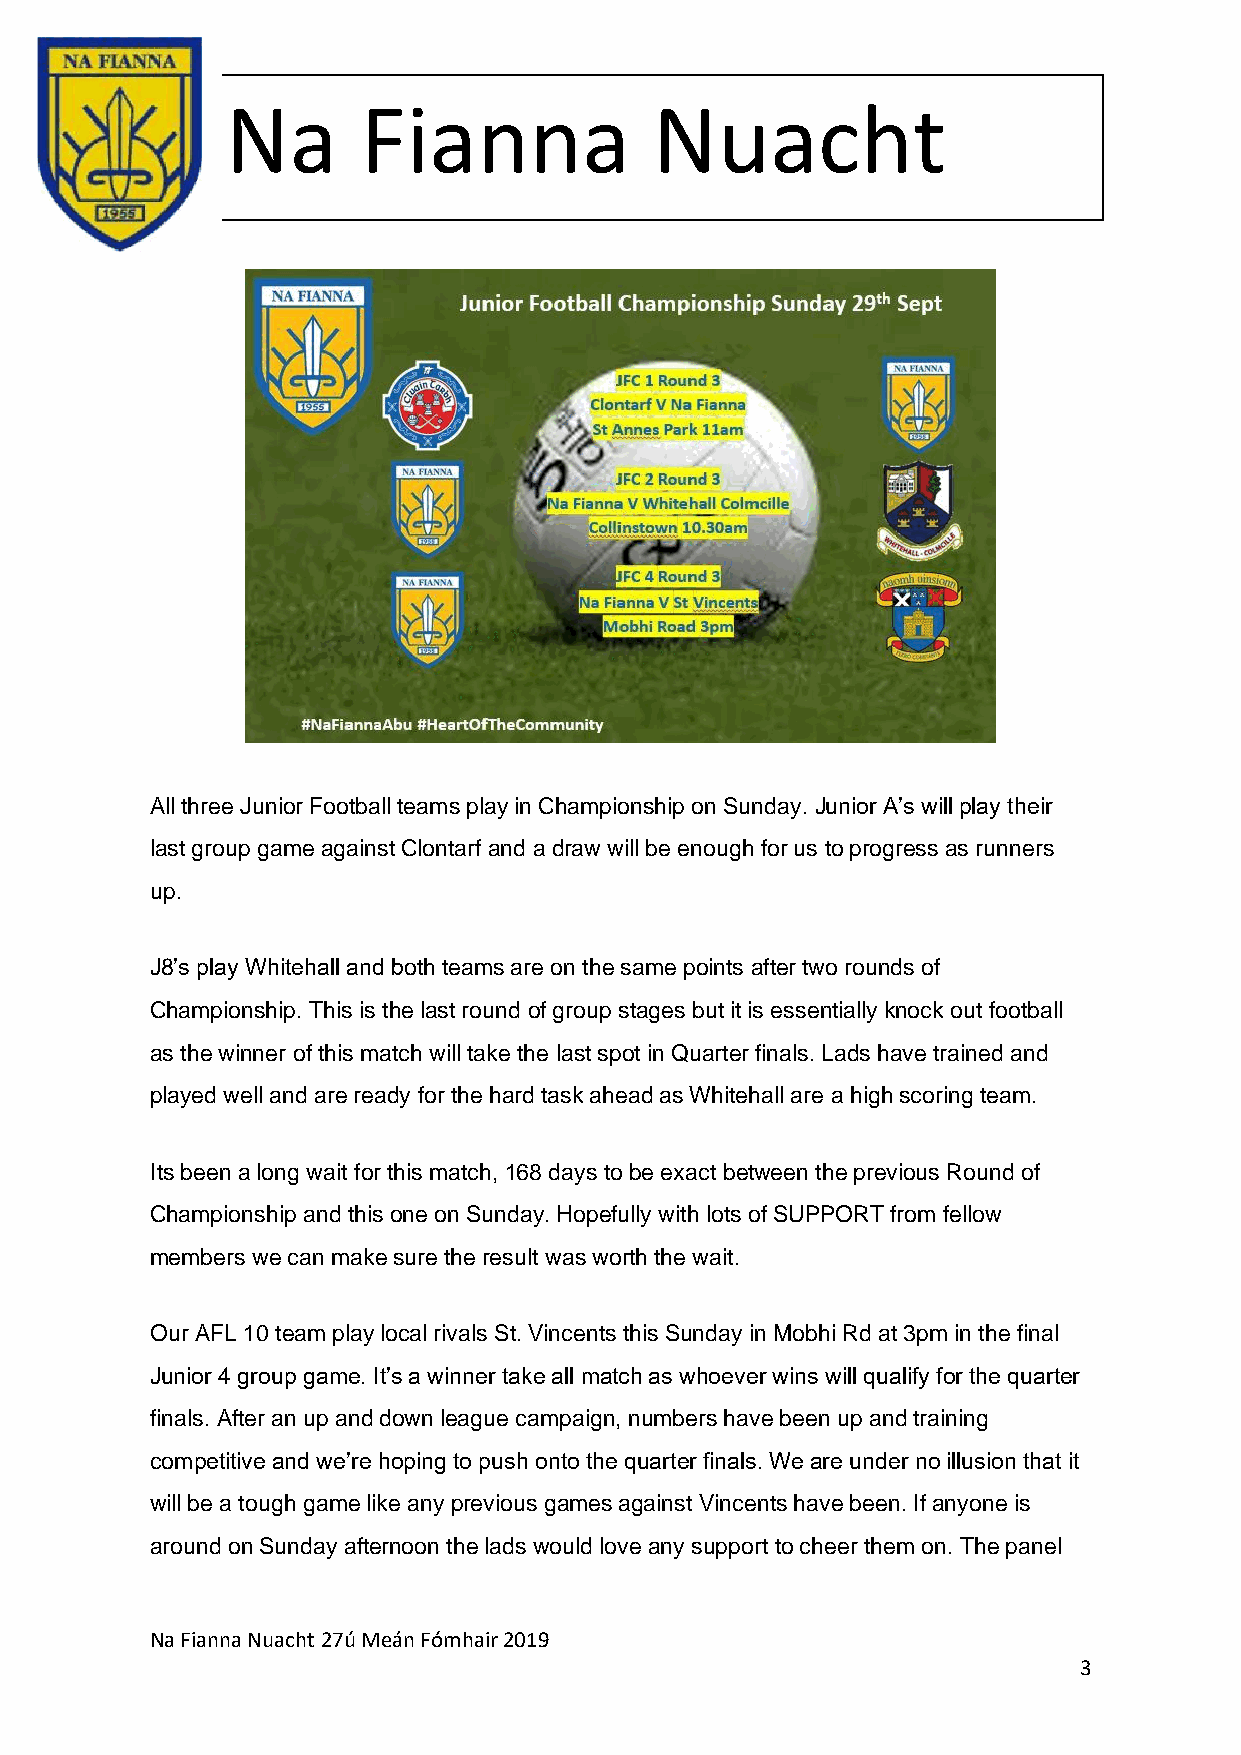
Na       Fianna             Nuacht
 All three Junior Football teams play in Championship on Sunday. Junior A’s will play their
 last group game against Clontarf and a draw will be enough for us to progress as runners
 up.
 J8’s play Whitehall and both teams are on the same points after two rounds of
 Championship. This is the last round of group stages but it is essentially knock out football
 as the winner of this match will take the last spot in Quarter finals. Lads have trained and
 played well and are ready for the hard task ahead as Whitehall are a high scoring team.
 Its been a long wait for this match, 168 days to be exact between the previous Round of
 Championship and this one on Sunday. Hopefully with lots of SUPPORT from fellow
 members we can make sure the result was worth the wait.
 Our AFL 10 team play local rivals St. Vincents this Sunday in Mobhi Rd at 3pm in the final
 Junior 4 group game. It’s a winner take all match as whoever wins will qualify for the quarter
 finals. After an up and down league campaign, numbers have been up and training
 competitive and we’re hoping to push onto the quarter finals. We are under no illusion that it
 will be a tough game like any previous games against Vincents have been. If anyone is
 around on Sunday afternoon the lads would love any support to cheer them on. The panel
 Na Fianna Nuacht 27ú Meán Fómhair 2019
 3